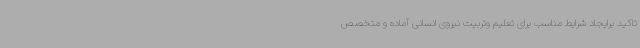
تاکید برایجاد شرایط مناسب برای تعلیم وتربیت نیروی انسانی آماده و متخصص